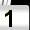
Digit: 1